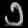
Digit: ၁